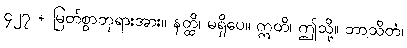
၄၂၇ + မြတ်စွာဘုရားအား။ နတ္ထိ၊ မရှိပေ။ ဣတိ၊ ဤသို့။ ဘာသိတံ၊